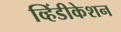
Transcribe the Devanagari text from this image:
व्हिंडीकेशन